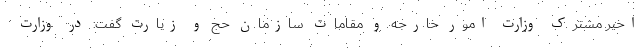
اخیر مشترک وزارت امور خارجه و مقامات سازمان حج و زیارت گفت: در وزارت